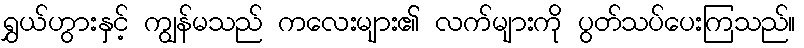
ရွှယ်ဟွားနှင့် ကျွန်မသည် ကလေးများ၏ လက်များကို ပွတ်သပ်ပေးကြသည်။